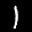
Label: 1